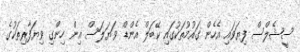
ސީޝެލްސް ފިޔަވައި އެހެން ގައުމުތަކުގައި ކޭބަލް އެންޑް ވަޔަލަސް އިން ހިންގި ވިޔަފާރިތަކުގެ